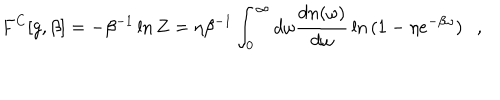
LaTeX: F ^ { C } [ g , \beta ] = - \beta ^ { - 1 } \ln Z = \eta \beta ^ { - 1 } \int _ { 0 } ^ { \infty } d \omega { \frac { d n ( \omega ) } { d \omega } } \ln { ( 1 - \eta e ^ { - \beta \omega } ) } ,